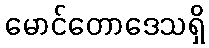
မောင်တောဒေသရှိ